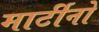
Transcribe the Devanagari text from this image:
मार्टीनो